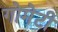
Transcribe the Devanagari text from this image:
गोमेटी